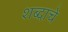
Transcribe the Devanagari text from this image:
शब्‍दाचे